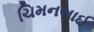
ચિમનભાઈ